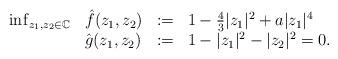
LaTeX: \begin{align*}\begin{array}{llcl} \inf_{z_1,z_2 \in \mathbb{C}} & \hat{f}(z_1,z_2) & := & 1-\frac{4}{3}|z_1|^2+a|z_1|^4 \\ & \hat{g}(z_1,z_2) & := & 1 - |z_1|^2 - |z_2|^2 = 0.\end{array}\end{align*}